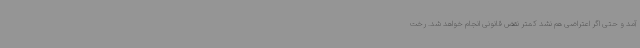
آمد و حتی اگر اعتراضی هم نشد کمتر نقض قانونی انجام خواهد شد. رخت